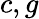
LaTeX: c,g